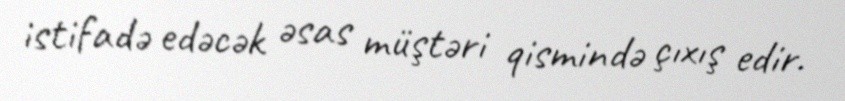
istifadə edəcək əsas müştəri qismində çıxış edir.